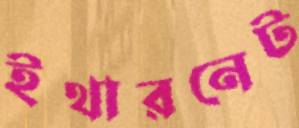
ইথারনেট